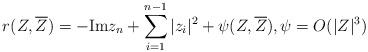
LaTeX: \begin{align*} r(Z, \overline{Z})=-\mathrm{Im}z_{n}+\sum_{i=1}^{n-1}|z_i|^2+\psi(Z, \overline{Z}), \psi=O(|Z|^3)\end{align*}